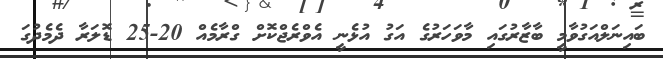
ބައިނަލްއަގުވާމީ ބާޒާރުގައި މާވަހަރުގެ އަގު އުޅެނީ އެވްރެޖްކޮށް ގްރާމެއް 20-25 ޑޮލަރާ ދެމެދުގަ